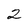
Character: 2